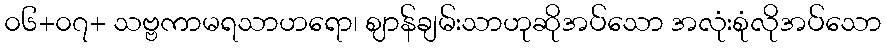
၀၆+၀၇+ သဗ္ဗကာမရသာဟရော၊ ဈာန်ချမ်းသာဟုဆိုအပ်သော အလုံးစုံလိုအပ်သော